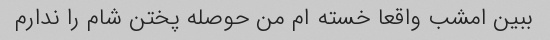
ببین امشب واقعا خسته ام من حوصله پختن شام را ندارم